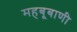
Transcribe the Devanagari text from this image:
महबूबाणी